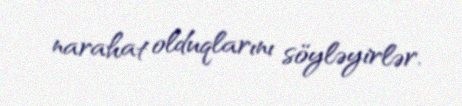
narahat olduqlarını söyləyirlər.